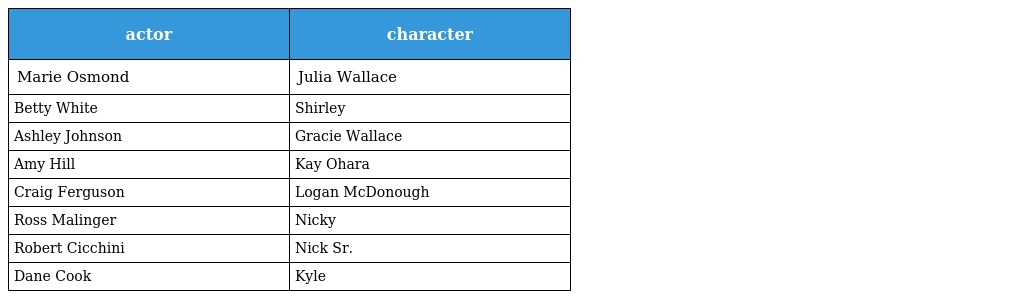
| actor | character |
 | --- | --- |
 | Marie Osmond | Julia Wallace |
 | Betty White | Shirley |
 | Ashley Johnson | Gracie Wallace |
 | Amy Hill | Kay Ohara |
 | Craig Ferguson | Logan McDonough |
 | Ross Malinger | Nicky |
 | Robert Cicchini | Nick Sr. |
 | Dane Cook | Kyle |